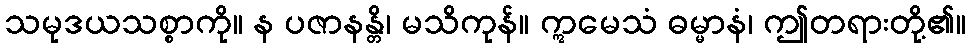
သမုဒယသစ္စာကို။ န ပဇာနန္တိ၊ မသိကုန်။ ဣမေသံ ဓမ္မာနံ၊ ဤတရားတို့၏။